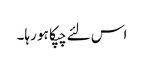
اس لئے چپکا ہو رہا۔